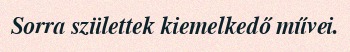
Sorra születtek kiemelkedő művei.